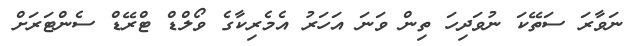
ނަވާރަ ސަތޭކަ ނުވަދިހަ ތިން ވަނަ އަހަރު އެމެރިކާގެ ވޯލްޑް ޓްރޭޑް ސެންޓަރަށް